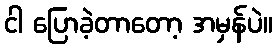
ငါ ပြောခဲ့တာတော့ အမှန်ပဲ။